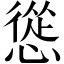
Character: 慫